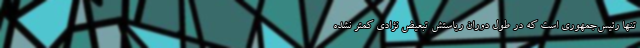
تنها رئیس‌جمهوری است که در طول دوران ریاستش تبعیض نژادی کمتر نشده